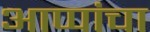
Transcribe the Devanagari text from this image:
आप्पांचा